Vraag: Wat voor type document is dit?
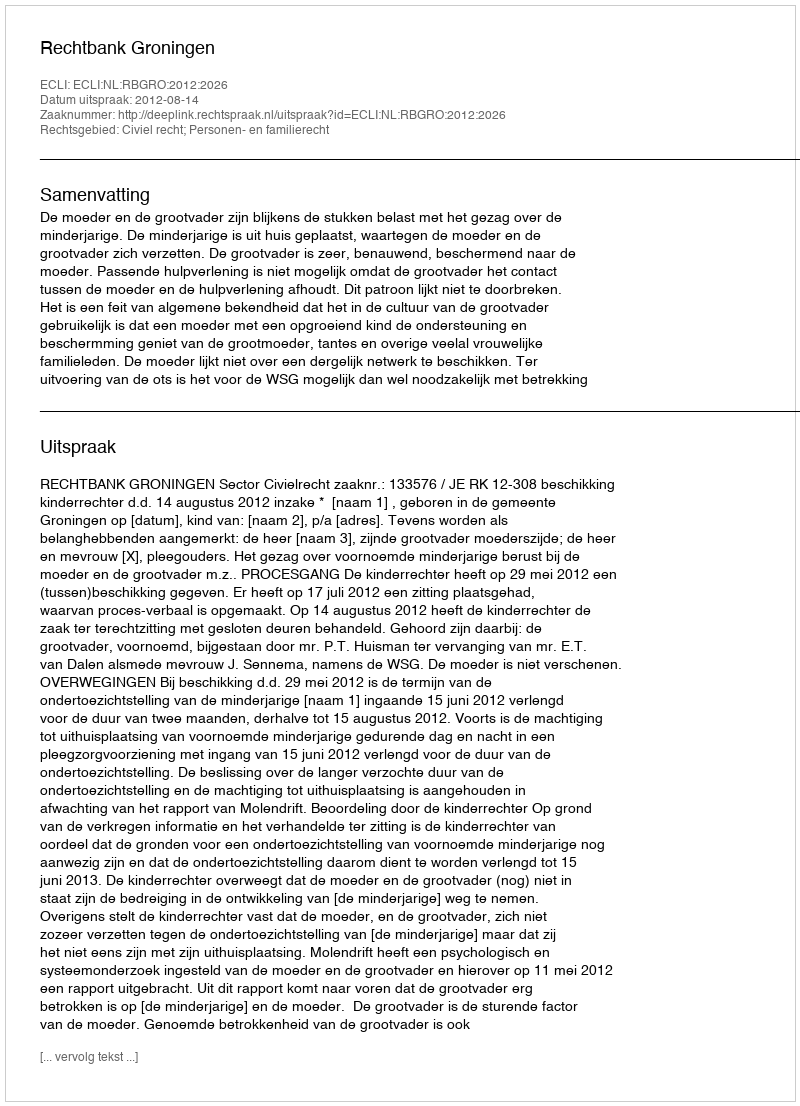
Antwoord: Uitspraak